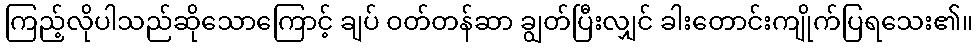
ကြည့်လိုပါသည်ဆိုသောကြောင့် ချပ် ဝတ်တန်ဆာ ချွတ်ပြီးလျှင် ခါးတောင်းကျိုက်ပြရသေး၏။